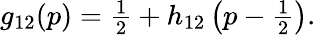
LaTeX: \begin{array}{r}{g_{12}(p)=\frac{1}{2}+h_{12}\left(p-\frac{1}{2}\right).}\end{array}